Note on the mental hospitals in Burma - 1925-1940
Year: 1925
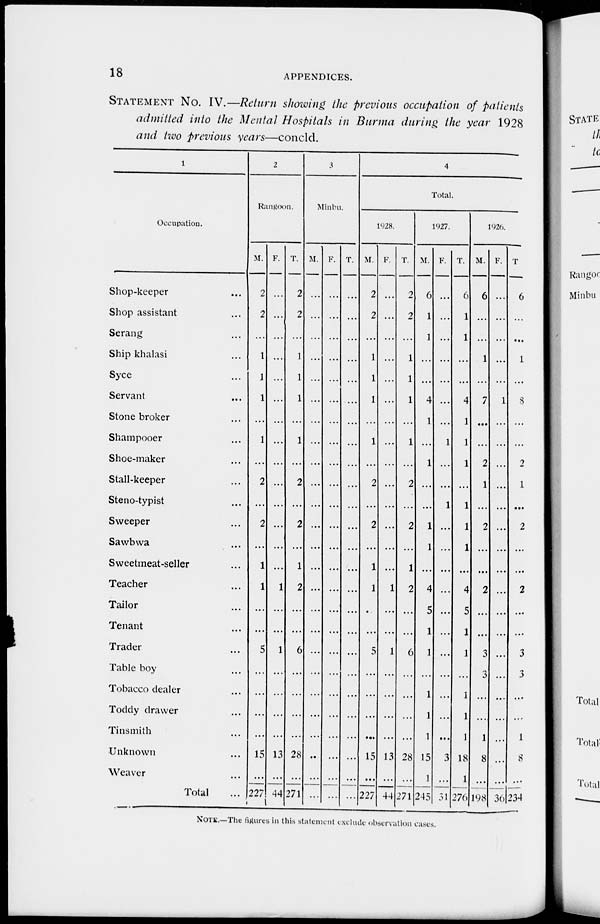
18
APPENDICES.
STATEMENT No. IV.—Return showing the previous occupation of patients
admitted into the Mental Hospitals in Burma during the year 1928
and two previous years—concld.
1
Occupation.
Shop-keeper ...
Shop assistant ...
Serang ...
Ship khalasi ...
Syce ...
Servant ...
Stone broker ...
Shampooer ...
Shoe-maker ...
Stall-keeper ...
Steno-typist ...
Sweeper ...
Sawbwa ...
Sweetmeat-seller ...
Teacher ...
Tailor ...
Tenant ...
Trader ...
Table boy ...
Tobacco dealer ...
Toddy drawer ...
Tinsmith ...
Unknown ...
Weaver ...
Total ...
2
Rangoon.
M.
2
2
...
1
1
1
...
1
...
2
...
2
...
1
1
...
...
5
...
...
...
...
15
...
227
F.
...
...
...
...
...
...
...
...
...
...
...
...
...
...
1
...
...
1
...
...
...
...
13
...
44
T.
2
2
...
1
1
1
...
1
...
2
...
2
...
1
2
...
...
6
...
...
...
...
28
...
271
3
Minbu.
M.
...
...
...
...
...
...
...
...
...
...
...
...
...
...
...
...
...
...
...
...
...
...
...
...
...
F.
...
...
...
...
...
...
...
...
...
...
...
...
...
...
...
...
...
...
...
...
...
...
...
...
...
T.
...
...
...
...
...
...
...
...
...
...
...
...
...
...
...
...
...
...
...
...
...
...
...
...
4
Total.
1928.
M.
2
2
...
1
1
1
...
1
...
2
...
2
...
1
1
...
...
5
...
...
...
...
15
...
227
F.
...
...
...
...
...
...
...
...
...
...
...
...
...
...
1
...
...
1
...
...
...
...
13
...
44
T.
2
2
...
1
1
1
...
1
...
2
...
2
...
1
2
...
...
6
...
...
...
...
28
...
271
1927.
M.
6
1
1
...
...
4
1
...
1
...
...
1
1
...
4
5
1
1
...
1
1
1
15
1
245
F.
...
...
...
...
...
...
...
1
...
...
1
...
...
...
...
...
...
...
...
...
...
...
3
...
31
T.
6
1
1
...
...
4
1
1
1
...
1
1
1
...
4
5
1
1
...
1
1
1
18
1
276
1926.
M.
6
...
...
1
...
7
...
...
2
1
...
2
...
...
2
...
...
3
3
...
...
1
8
...
198
F.
...
...
...
...
...
1
...
...
...
...
...
...
...
...
...
...
...
...
...
...
...
...
...
...
36
T
6
...
...
1
...
8
...
...
2
1
...
2
...
...
2
...
...
3
3
...
...
1
8
...
234
NOTE.—The figures in this statement exclude observation cases.